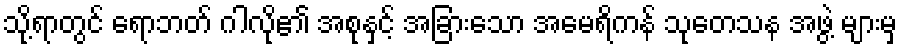
သို့ရာတွင် ရောဘတ် ဂါလို၏ အစုနှင့် အခြားသော အမေရိကန် သုတေသန အဖွဲ့ များမှ